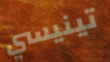
تينيسي